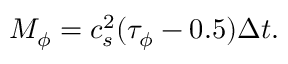
M _ { \phi } = c _ { s } ^ { 2 } ( \tau _ { \phi } - 0 . 5 ) \Delta t .